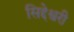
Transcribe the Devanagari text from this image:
सिद्देश्वरी